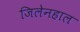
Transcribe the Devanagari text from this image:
जिलेनहाल